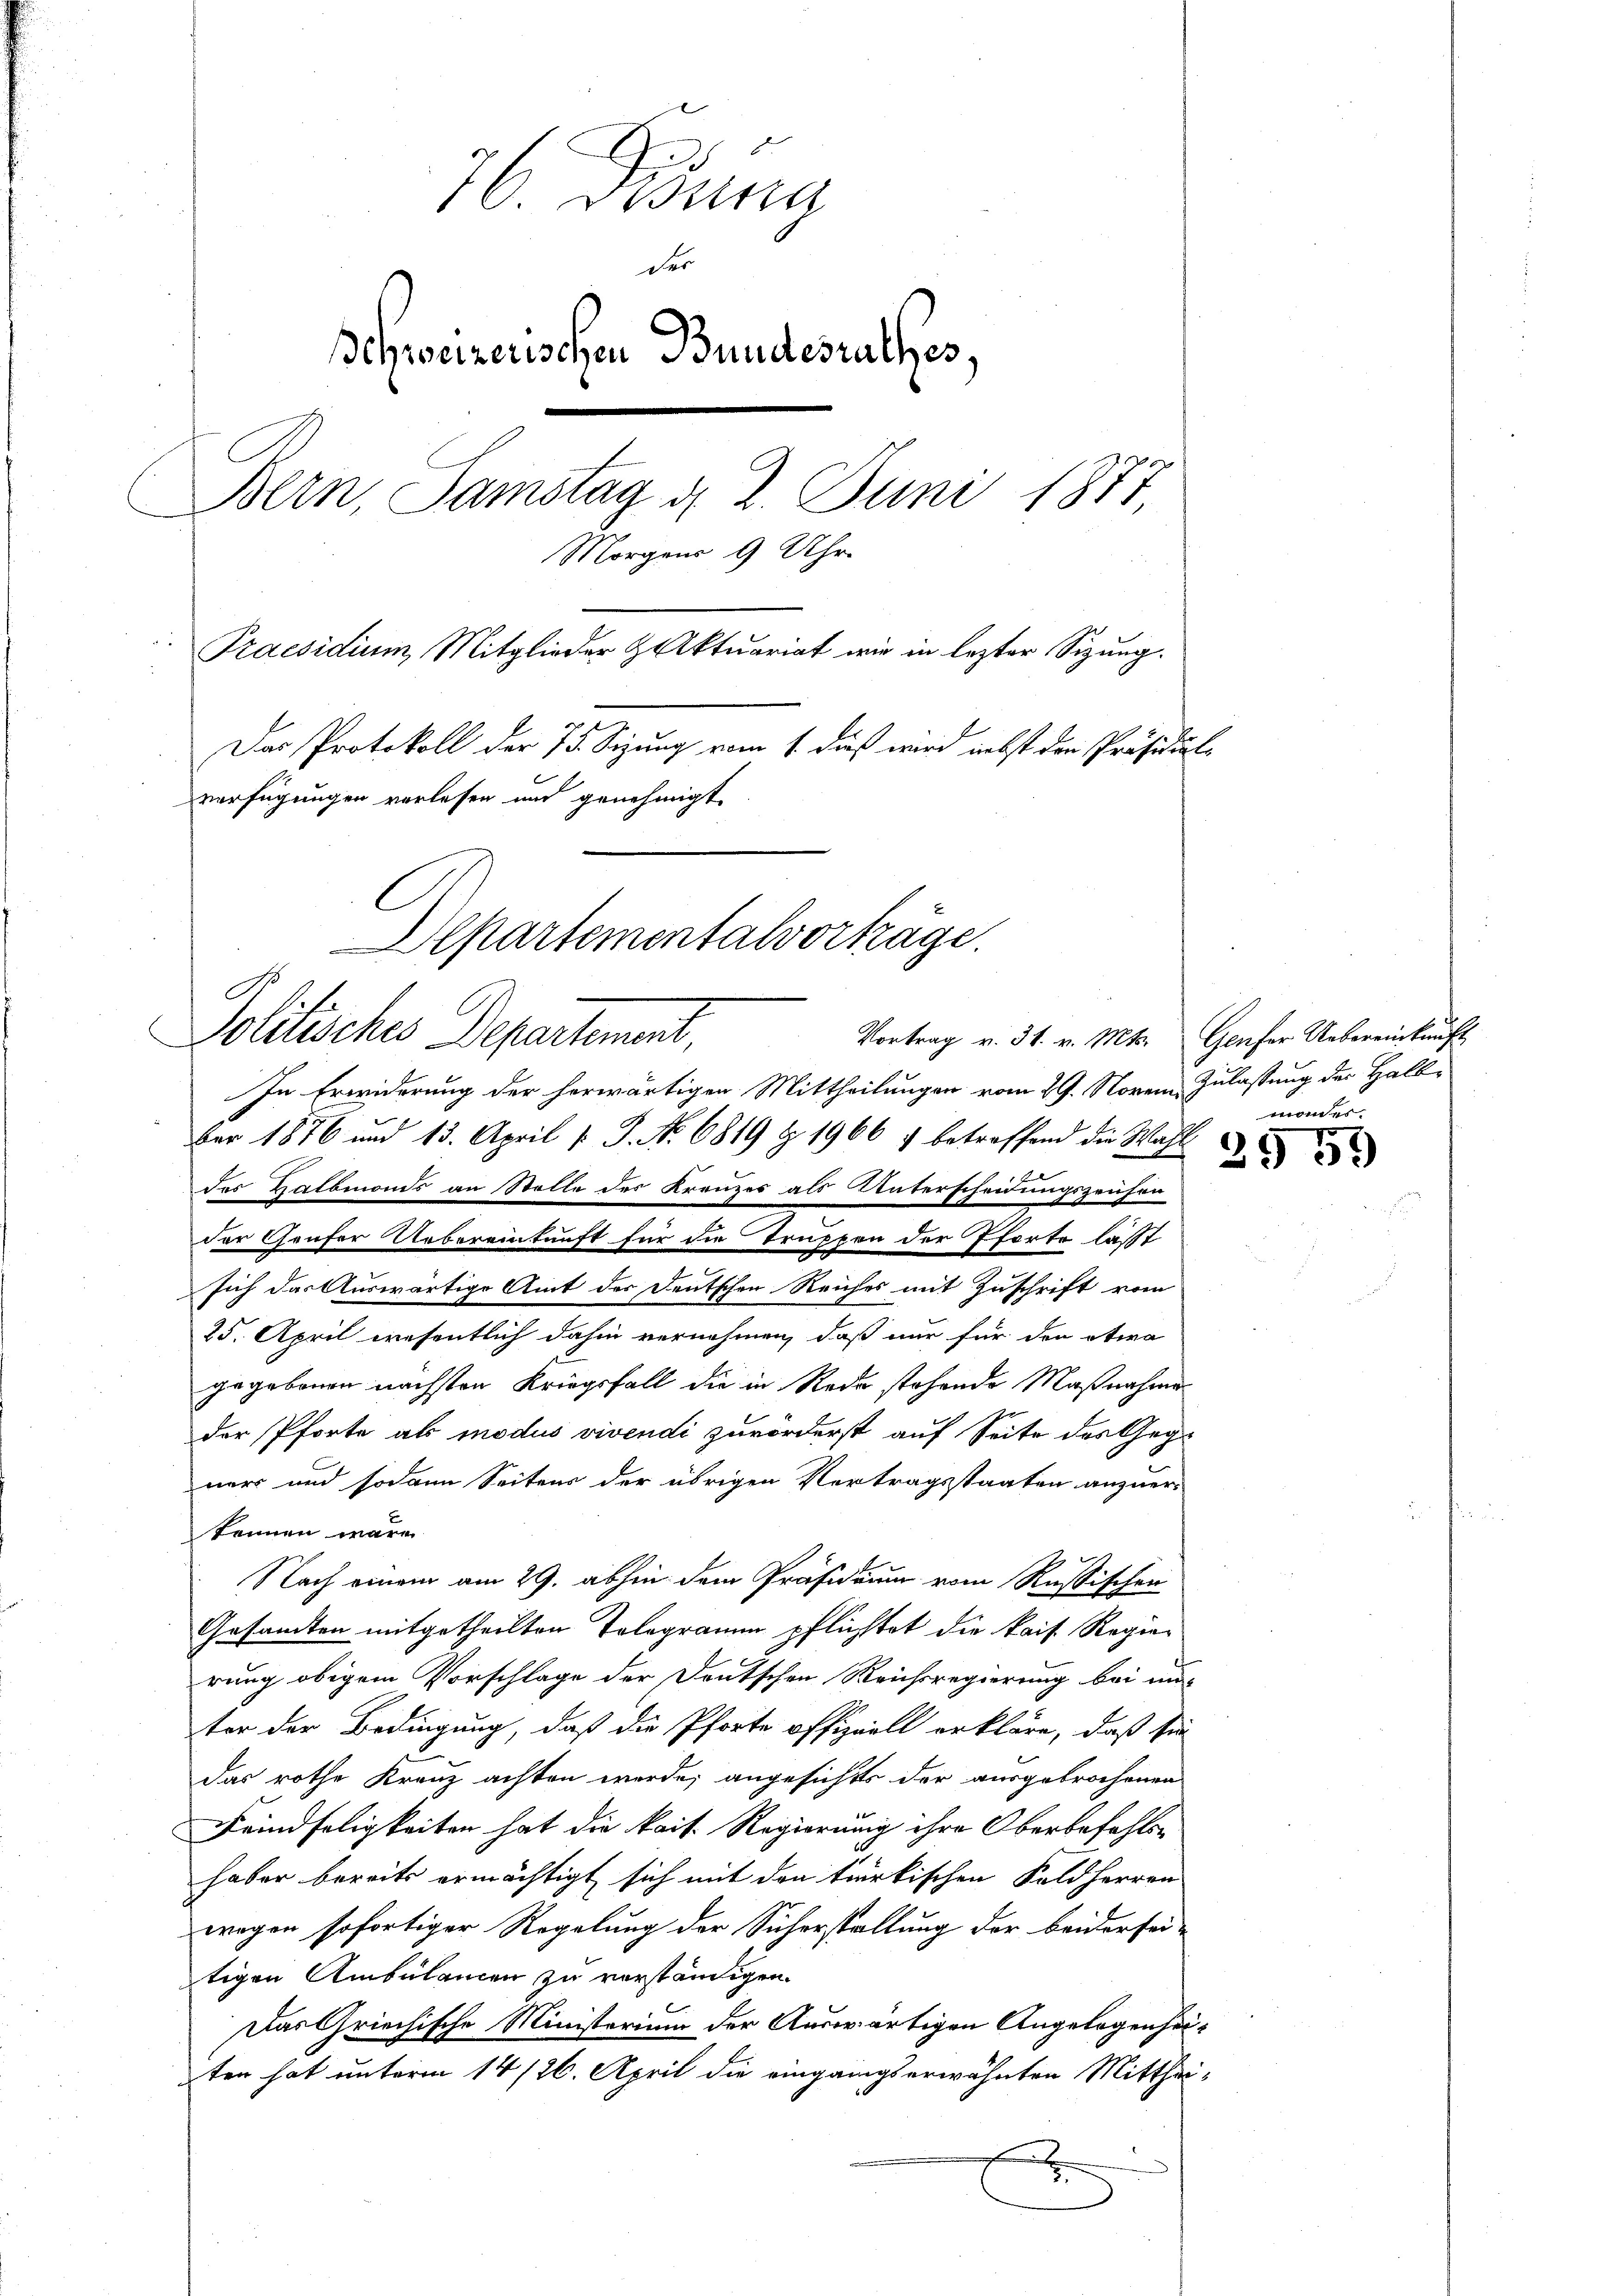
76 Disena
der
Behweizerischen Bundesrathes,
Bern, Samstag d. 2. Juni 1877
Morgens 9 Uhr.
Praesidium, Mitglieder Aktuariat wir in lezter Sizung.
Das Protokoll der 75. Sizung vom 1. dieß wird nebst den Präsidial-
verfügungen verlesen und genehmigt.
Departementalvortäge.
G

Politisches Departement,
Vortrag v. 31. v. Mts. Genfer Uebereinkunft,
In Erwiderung der herwärtigen Mittheilungen vom 29. Novem, Zulassung des Halb¬

ber 1876 und 13. April l. J. No 6819 Z. 1966 & betreffend die Wahl
des Halbmonds an Stelle des Kreuzes als Unterscheidungszeichen
der Genfer Uebereinkunft für die Truppen der Pforte lässt
sich das Auswärtige Amt des Deutschen Reiches mit Zuschrift vom
25. April wesentlich dahin vernehmen, daß nur für den etwa
gegebenen nächsten Kriegsfall die in Rede stehende Maßnahme
der Pforte als modus vivendi zuvorderst auf Seite des Gegner und sodann Seitens der übrigen Vertragsstaaten anzuerkennen wäre.
Nach einem am 29. abhin dem Präsidium vom Russischen
Gesandten mitgetheilten Tologramm pflichtet die kais. Regierung obigem Vorschlage der Deutschen Reichsregierung bei uns
ter der Bedingung, daß die Pforte offiziell erkläre, daß sie
das rothe Kreuz achten werde, angesichts der ausgebrochenen
Feindseligkeiten hat die kais. Regierung ihre Oberbefahlshaber bereits ermächtigt sich mit den türkischen Feldherren
wegen sofortiger Regelung der Sicherstellung der beidersei-
tigen Ambülancen zu verständigen.
Das Griechische Ministerium der Auswärtigen Angelegenhei-
ten hat unterm 14/26. April die eingangserwähnten Mitthei¬

monder

2959